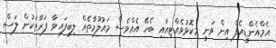
އެމްއެންޑީއެފް އިން ވަނީ މިކޮޅުވެއްޓިއާއި ބެހޭ އެއްވެސް މައުލޫމާތެއް ލިބިފައިވާ ފަރާތަކުން ލަސް